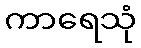
ကာရေသုံ